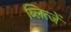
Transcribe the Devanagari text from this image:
ब्लित्जें